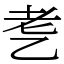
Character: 㐗